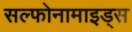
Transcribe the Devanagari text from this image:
सल्फोनामाइड्स